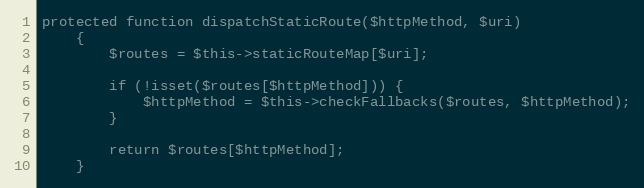
Language: PHP
protected function dispatchStaticRoute($httpMethod, $uri)
    {
        $routes = $this->staticRouteMap[$uri];

        if (!isset($routes[$httpMethod])) {
            $httpMethod = $this->checkFallbacks($routes, $httpMethod);
        }

        return $routes[$httpMethod];
    }